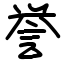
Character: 誉